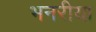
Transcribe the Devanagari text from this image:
भनरीया